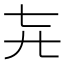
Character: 𬺽